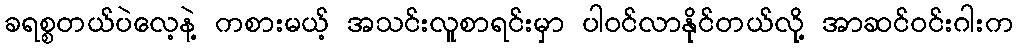
ခရစ္စတယ်ပဲလေ့နဲ့ ကစားမယ့် အသင်းလူစာရင်းမှာ ပါဝင်လာနိုင်တယ်လို့ အာဆင်ဝင်းဂါးက